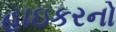
હાઇકરનો